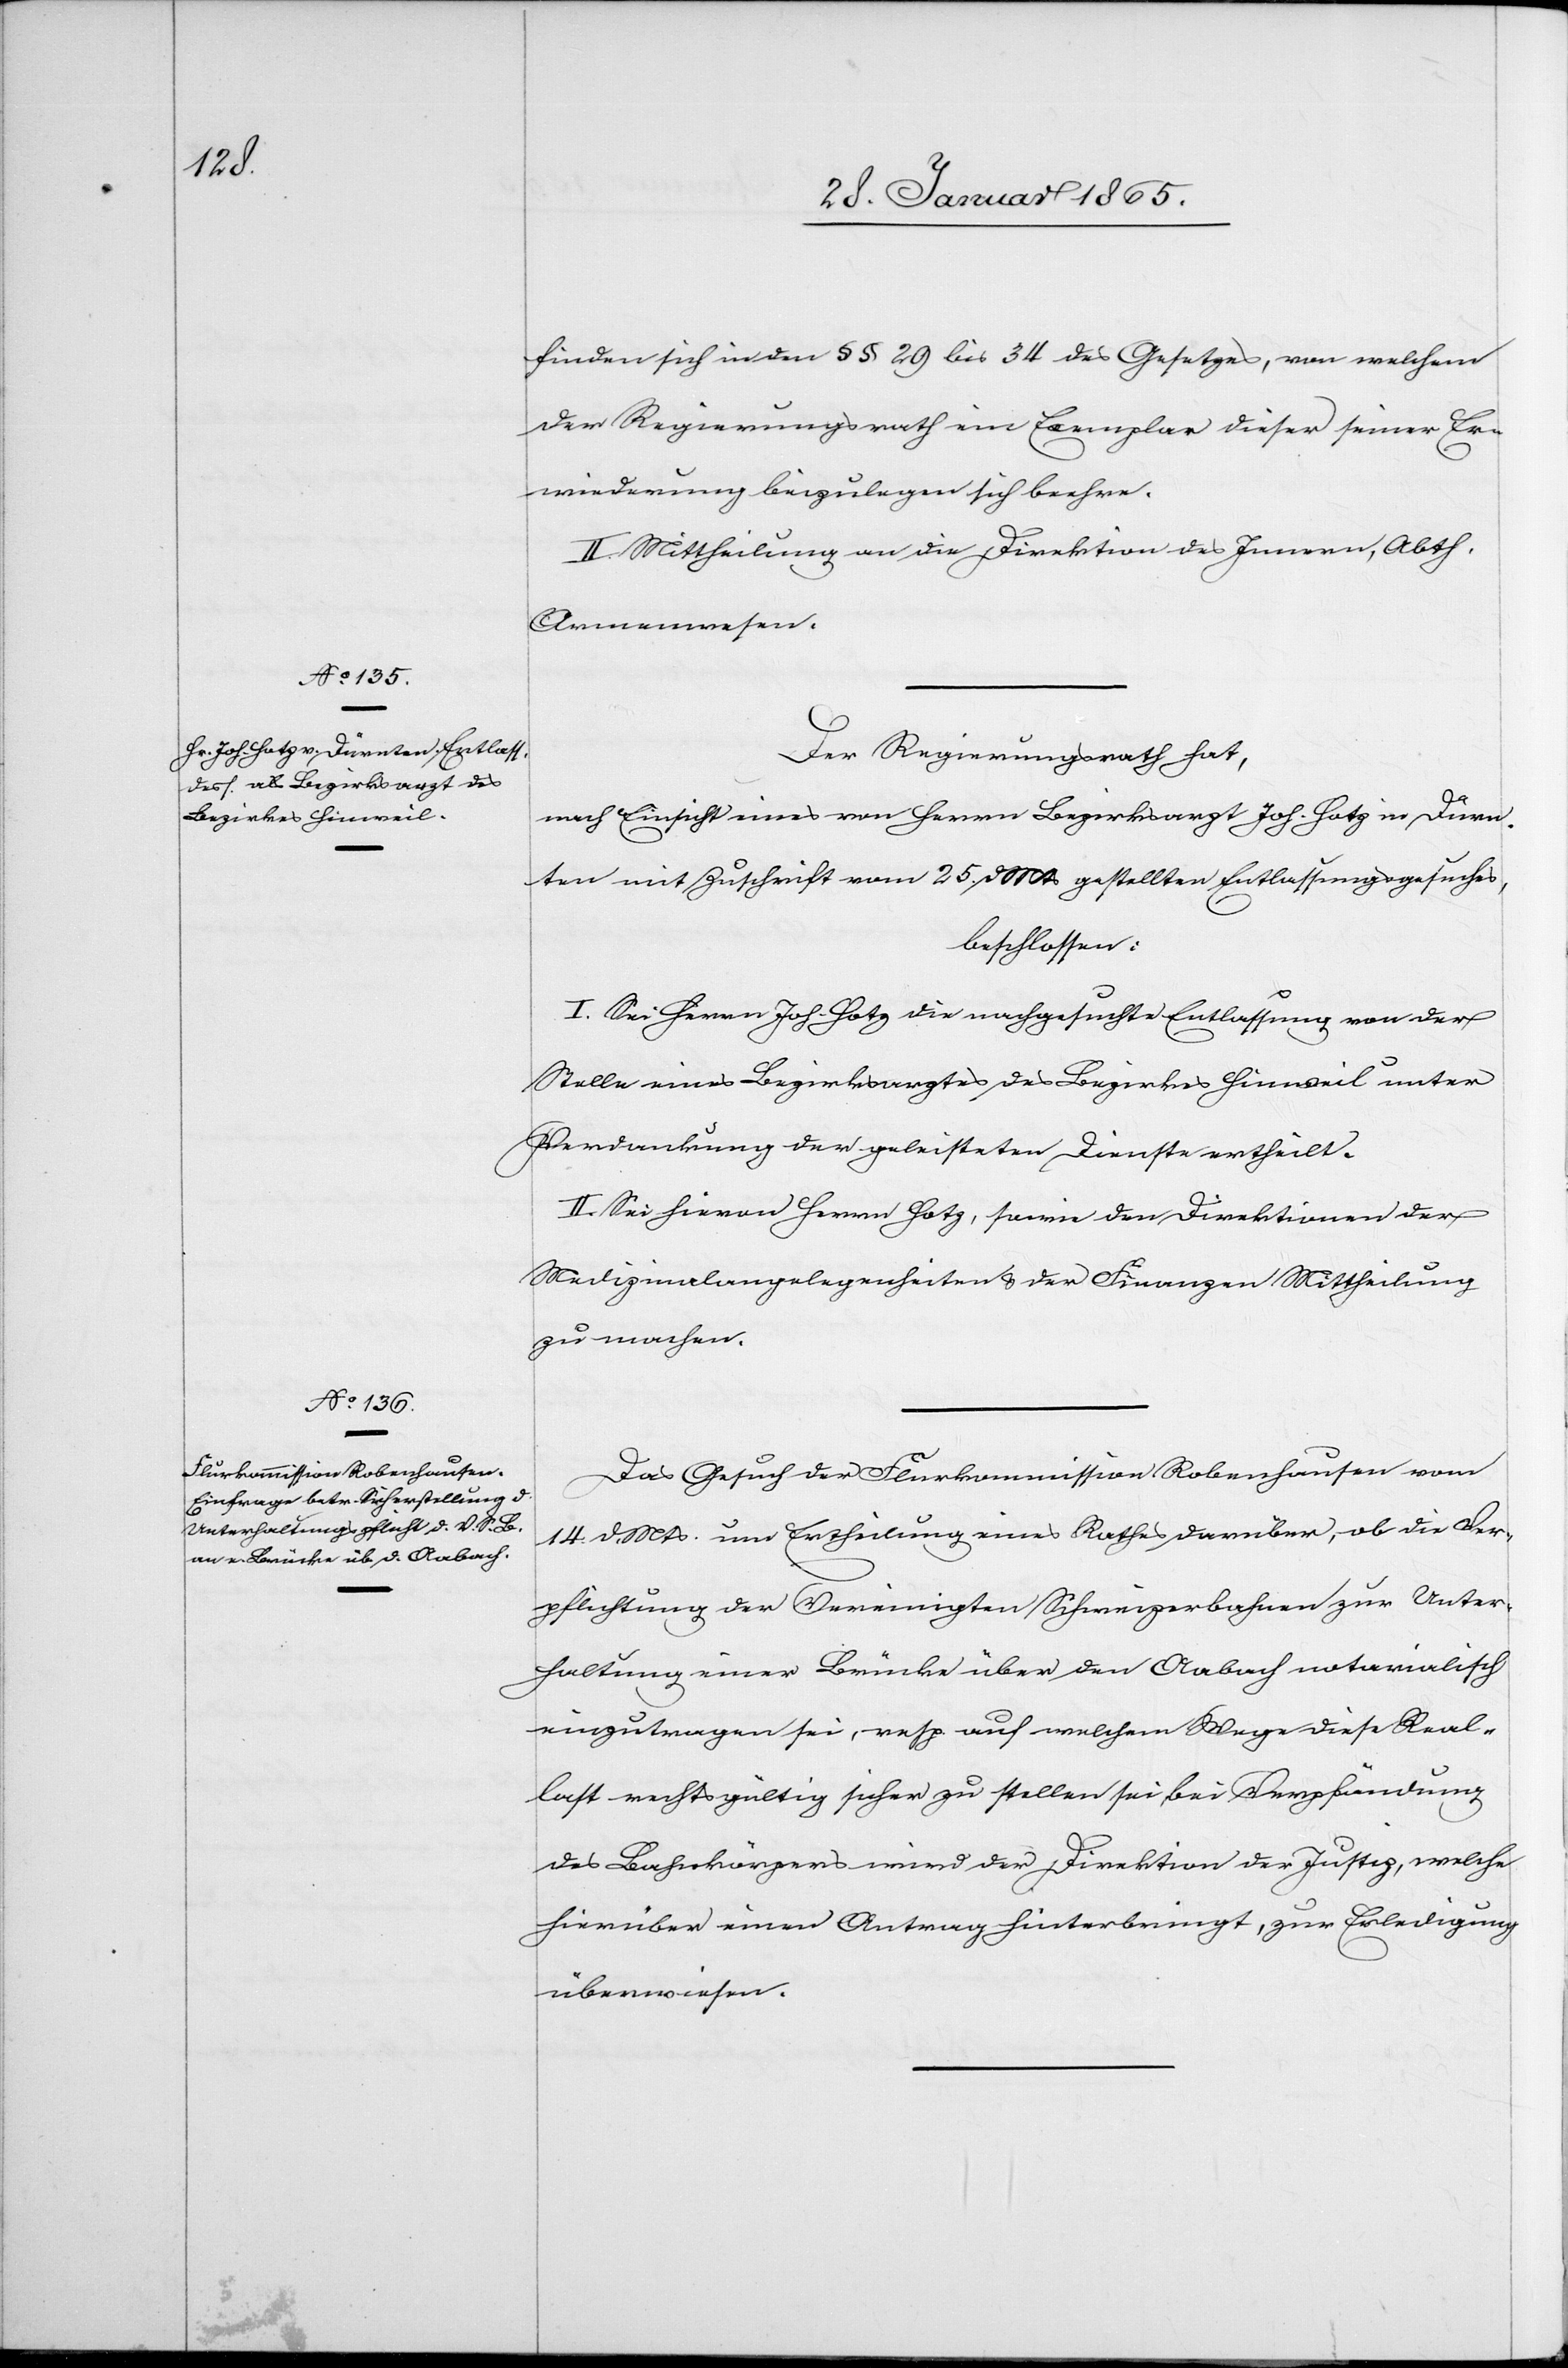
finden sich in den § § 29 bis 34 des Gesetzes, von welchem
der Regierungsrath ein Exemplar dieser seiner Er¬
wiederung beizulegen sich beehre.
II. Mittheilung an die Direktion des Innern, Abth.
Armenwesen.
Der Regierungsrath hat,
nach Einsicht eines von Herrn Bezirksarzt Joh. Hotz in Dürn¬
ten mit Zuschrift vom 25. d. Mts gestellten Entlassungsgesuches,
beschlossen:
I. Sei Herrn Joh. Hotz die nachgesuchte Entlassung von der
Stelle eines Bezirksarztes des Bezirkes Hinweil unter
Verdankung der geleisteten Dienste ertheilt.
II. Sei hievon Herrn Hotz, sowie den Direktionen der
Medizinalangelegenheiten u. der Finanzen Mittheilung
zu machen.
Das Gesuch der Flurkommission Robenhausen vom
14. d. Mts. um Ertheilung eines Rathes darüber, ob die Ver¬
pflichtung der Vereinigten Schweizerbahnen zur Unter¬
haltung einer Brücke über den Aabach notarialisch
einzutragen sei, resp. auf welchem Wege diese Real¬
last rechtsgültig sicher zu stellen sei bei Verpfändung
des Bahnkörpers wird der Direktion der Justiz, welche
hierüber einen Antrag hinterbringt, zur Erledigung
überwiesen.